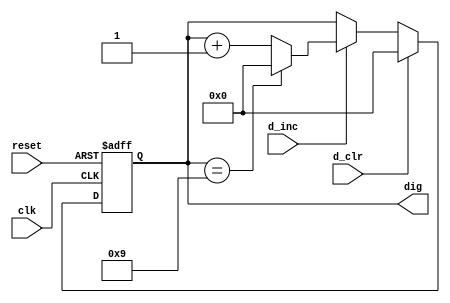
`timescale 1ns / 1ps
//////////////////////////////////////////////////////////////////////////////////
// Company: 
// Engineer: 
// 
// Design Name: 
// Module Name:    m10_counter 
// Project Name: 
// Target Devices: 
// Tool versions: 
// Description: 
//
// Dependencies: 
//
// Revision: 
// Revision 0.01 - File Created
// Additional Comments: 
//
//////////////////////////////////////////////////////////////////////////////////
module m10_counter(
	input wire clk, reset,
	input wire d_inc, d_clr,
	output wire [3:0] dig
    );
 // signal declaration
   reg [3:0] dig_reg, dig_next;

   // registers
   always @(posedge clk, posedge reset)
      if (reset)
         begin
            dig_reg <= 0;
         end
      else
         begin
            dig_reg <= dig_next;
         end

   // next-state logic
   always @*
   begin
      dig_next = dig_reg;
      if (d_clr)
         begin
            dig_next = 0;
         end
      else if (d_inc)
         if (dig_reg==9)
				dig_next = 0;
         else  // dig0 not 9
            dig_next = dig_reg + 1;
   end
   // output
   assign dig = dig_reg;

endmodule